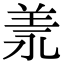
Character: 𦍛